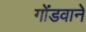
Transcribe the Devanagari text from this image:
गोंडवाने